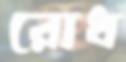
রোধ